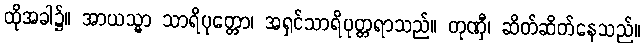
ထိုအခါ၌။ အာယသ္မာ သာရိပုတ္တော၊ အရှင်သာရိပုတ္တရာသည်။ တုဏှီ၊ ဆိတ်ဆိတ်နေသည်။